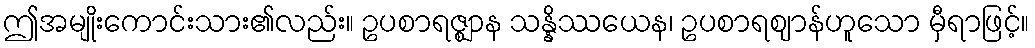
ဤအမျိုးကောင်းသား၏လည်း။ ဥပစာရဇ္ဈာန သန္နိဿယေန၊ ဥပစာရဈာန်ဟူသော မှီရာဖြင့်။